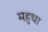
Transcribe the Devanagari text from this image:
महुधा